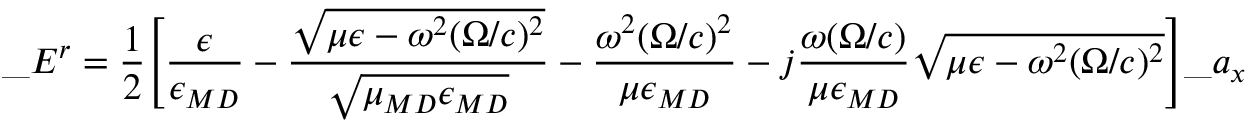
\_ E ^ { r } = { \frac { 1 } { 2 } } \Bigg [ { \frac { \epsilon } { \epsilon _ { \/ { M D } } } } - { \frac { \sqrt { \mu \epsilon - \omega ^ { 2 } ( \Omega / c ) ^ { 2 } } } { \sqrt { \mu _ { \/ { M D } } \epsilon _ { \/ { M D } } } } } - { \frac { \omega ^ { 2 } ( \Omega / c ) ^ { 2 } } { \mu \epsilon _ { \/ { M D } } } } - j { \frac { \omega ( \Omega / c ) } { \mu \epsilon _ { \/ { M D } } } } \sqrt { \mu \epsilon - \omega ^ { 2 } ( \Omega / c ) ^ { 2 } } \Bigg ] \_ a _ { x }